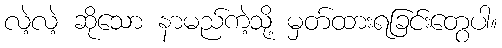
လဲ့လဲ့ ဆိုသော နာမည်ကဲ့သို့ မှတ်ထားရခြင်းတွေပါ။